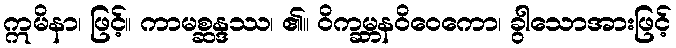
ဣမိနာ၊ ဖြင့်။ ကာမစ္ဆန္ဒဿ၊ ၏။ ဝိက္ခမ္ဘနဝိဝေကော၊ ခွါသောအားဖြင့်